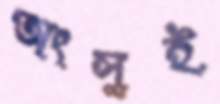
অংসুই